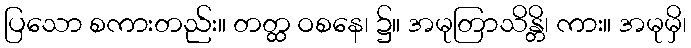
ပြသော စကားတည်း။ တတ္ထ ဝစနေ၊ ၌။ အမုတြာသိန္တိ၊ ကား။ အမုမှိ၊